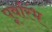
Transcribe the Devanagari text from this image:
पूर्वारंभ